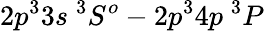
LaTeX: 2p^{3}3s~^{3}S^{o}-2p^{3}4p~^{3}P